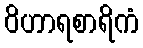
ဝိဟာရစာရိကံ